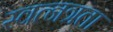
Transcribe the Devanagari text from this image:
स्वत्नत्रता